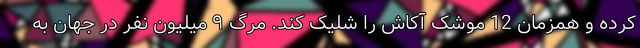
کرده و همزمان 12 موشک آکاش را شلیک کند. مرگ ۹ میلیون نفر در جهان به